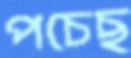
পচেছ